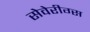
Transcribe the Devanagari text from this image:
सेवेरीग्स